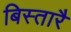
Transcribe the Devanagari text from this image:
बिस्तारै